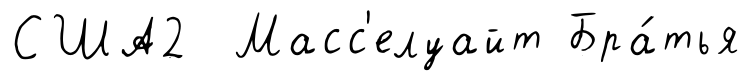
США2 Масс'елуайт Бра́тья